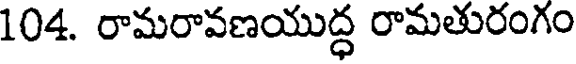
104. రామరావణయుద్ధ రామతురంగం